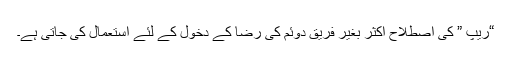
“ریپ ” کی اصطلاح اکثر بغیر فریق دوئم کی رضا کے دخول کے لئے استعمال کی جاتی ہے۔